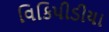
વિકિપીડીયા